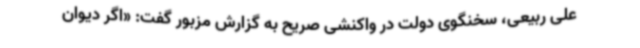
علی ربیعی، سخنگوی دولت در واکنشی صریح به گزارش مزبور گفت: «اگر دیوان